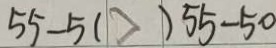
5 5 - 5 ( > ) 5 5 - 5 0